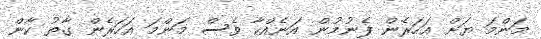
މަންމަ ޔަށް އަހަރެން ފެނުމުން އަނެއްކާ ވެސް މަންމަ އަހަރެން ގާތު ކާން